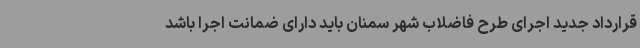
قرارداد جدید اجرای طرح فاضلاب شهر سمنان باید دارای ضمانت اجرا باشد